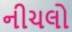
નીચલો